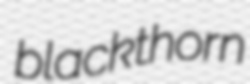
blackthorn